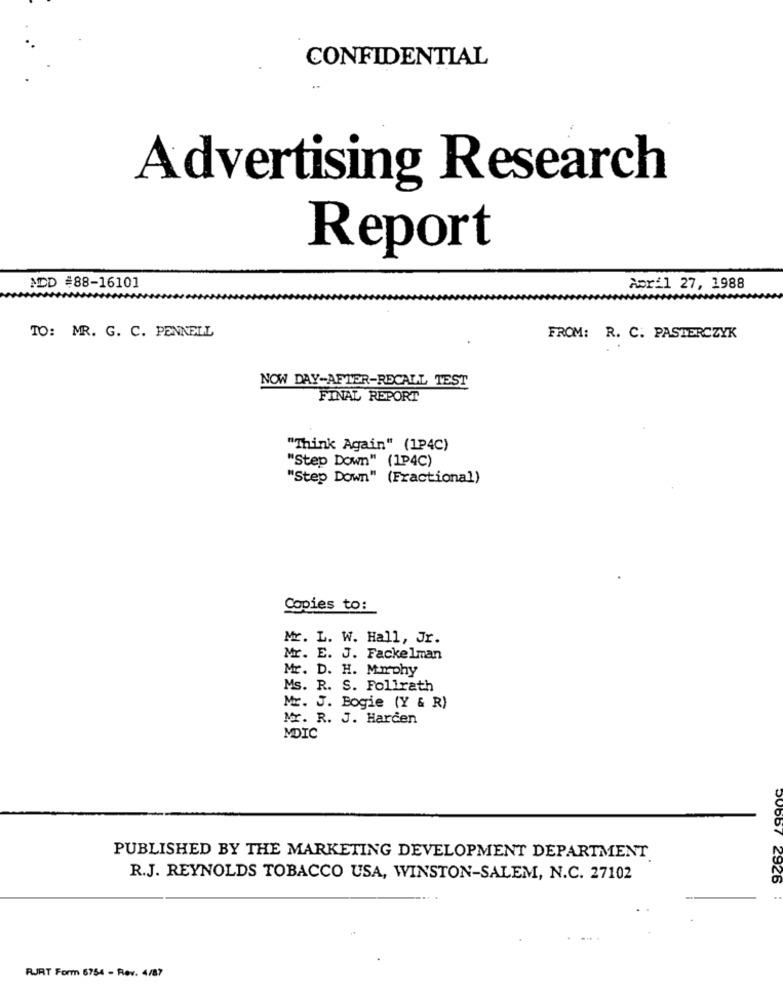
CONFIDENTIAL
Advertising Research
Report
ADD #88-16101
Apr:1 27, 1988
TO: MR. G. C. PENNELL
FROM: R. C. PASTERCZYK
NOW DAY-AFTER-RECALL TEST
FINAL REPORT
"Think Again" (1P4C)
"Step Down" (1P4C)
"Step Down" (Fractional)
Copies to:
Mr. L. W. Hall, Jr.
Mr. E. J. Fackelman
Mr. D. H. M.Iphy
Ms. R. S. Follrath
Mr. J. Bogie (Y & R)
Mr. R. J. Harden
MDIC
PUBLISHED BY THE MARKETING DEVELOPMENT DEPARTMENT
R.J. REYNOLDS TOBACCO USA, WINSTON-SALEM, N.C. 27102
50667 2926
RJRT Form 6754 - Rev. 4/87